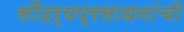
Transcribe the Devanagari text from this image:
सौंदर्यप्रसाधनांची